Annual report of the Bengal Veterinary College and of the Civil Veterinary Department, Bengal, for the year 1909-1910 - 1909-1910
Year: 1909
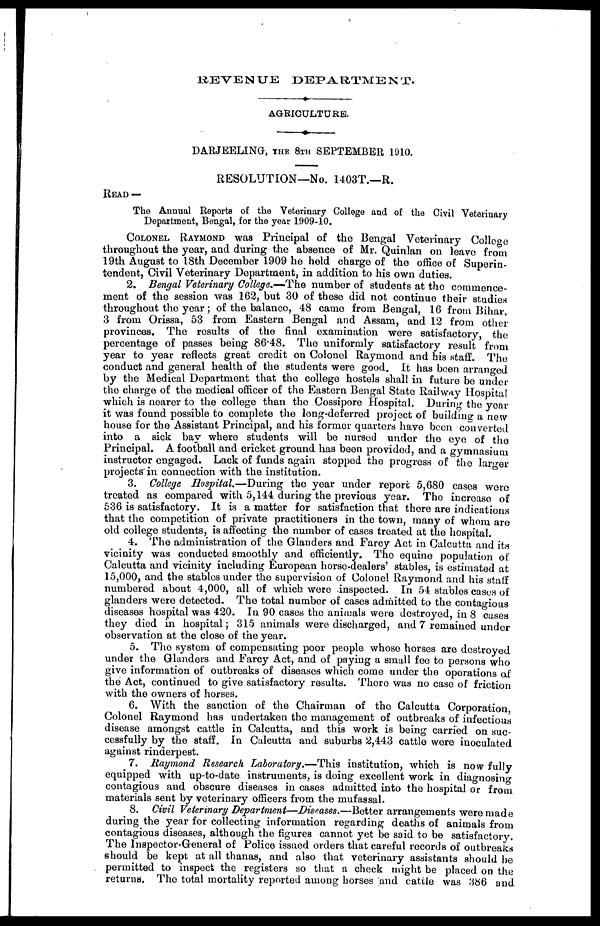
REVENUE
DEPARTMENT.
AGRICULTURE.
DARJEELING, THE 8TH SEPTEMBER 1910.
RESOLUTION—No. 1403T.—R.
READ —
The Annual Reports of the Veterinary College and of the Civil Veterinary
Department, Bengal, for the year 1909-10.
COLONEL RAYMOND was Principal of the Bengal Veterinary College
throughout the year, and during the absence of Mr. Quinlan on leave from
19th August to 18th December 1909 he held charge of the office of Superin-
tendent, Civil Veterinary Department, in addition to his own duties.
2. Bengal Veterinary College.—The number of students at the commence-
ment of the session was 162, but 30 of these did not continue their studies
throughout the year; of the balance, 48 came from Bengal, 16 from Bihar,
3 from Orissa, 53 from Eastern Bengal and Assam, and 12 from other
provinces. The results of the final examination were satisfactory, the
percentage of passes being 86.48. The uniformly satisfactory result from
year to year reflects great credit on Colonel Raymond and his staff. The
conduct and general health of the students were good. It has been arranged
by the Medical Department that the college hostels shall in future be under
the charge of the medical officer of the Eastern Bengal State Railway Hospital
which is nearer to the college than the Cossipore Hospital. During the year
it was found possible to complete the long-deferred project of building a new
house for the Assistant Principal, and his former quarters have been converted
into a sick bay where students will be nursed under the eye of the
Principal. A football and cricket ground has been provided, and a gymnasium
instructor engaged. Lack of funds again stopped the progress of the larger
projects in connection with the institution.
3. College Hospital.—During
the year under report 5,680 cases were
treated as compared with 5,144 during the previous year. The increase of
536 is satisfactory. It is a matter for satisfaction that there are indications
that the competition of private practitioners in the town, many of whom are
old college students, is affecting the number of cases treated at the hospital.
4. The administration of the Glanders and Farcy Act in Calcutta and its
vicinity was conducted smoothly and efficiently. The equine population of
Calcutta and vicinity including European horse-dealers' stables, is estimated at
15,000, and the stables under the supervision of Colonel Raymond and his staff
numbered about 4,000, all of which were inspected. In 54 stables cases of
glanders were detected. The total number of cases admitted to the contagious
diseases hospital was 420. In 90 cases the animals were destroyed, in 8 cases
they died in hospital; 315 animals were discharged, and 7 remained under
observation at the close of the year.
5. The system of compensating poor people whose horses are destroyed
under the Glanders and Farcy Act, and of paying a small fee to persons who
give information of outbreaks of diseases which come under the operations of
the Act, continued to give satisfactory results. There was no case of friction
with the owners of horses.
6. With the sanction of the Chairman of the Calcutta Corporation
Colonel Raymond has undertaken the management of outbreaks of infectious
disease amongst cattle in Calcutta, and this work is being carried on sue
cessfully by the staff. In Calcutta and suburbs 2,443 cattle were inoculated
against rinderpest.
7. Raymond Research Laboratory.—This
institution, which is now fully
equipped with up-to-date instruments, is doing excellent work in diagnosing
contagious and obscure diseases in cases admitted into the hospital or from
materials sent by veterinary officers from the mufassal.
8. Civil Veterinary Department—Diseases.—Better
arrangements were made
during the year for collecting information regarding deaths of animals from
contagious diseases, although the figures cannot yet be said to be satisfactory.
The Inspector-General of Police issued orders that careful records of outbreaks
should be kept at all thanas, and also that veterinary assistants should be
permitted to inspect the registers so that a check might be placed on the
returns. The total mortality reported among horses and cattle was 386 and